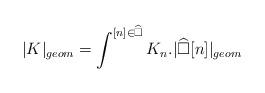
\begin{align*}|K|_{geom} = \int^{[n]\in \widehat{\square}} K_n.|\widehat{\square}[n]|_{geom}\end{align*}